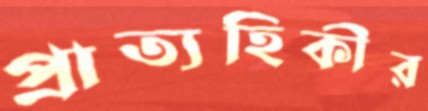
প্রাত্যহিকীর